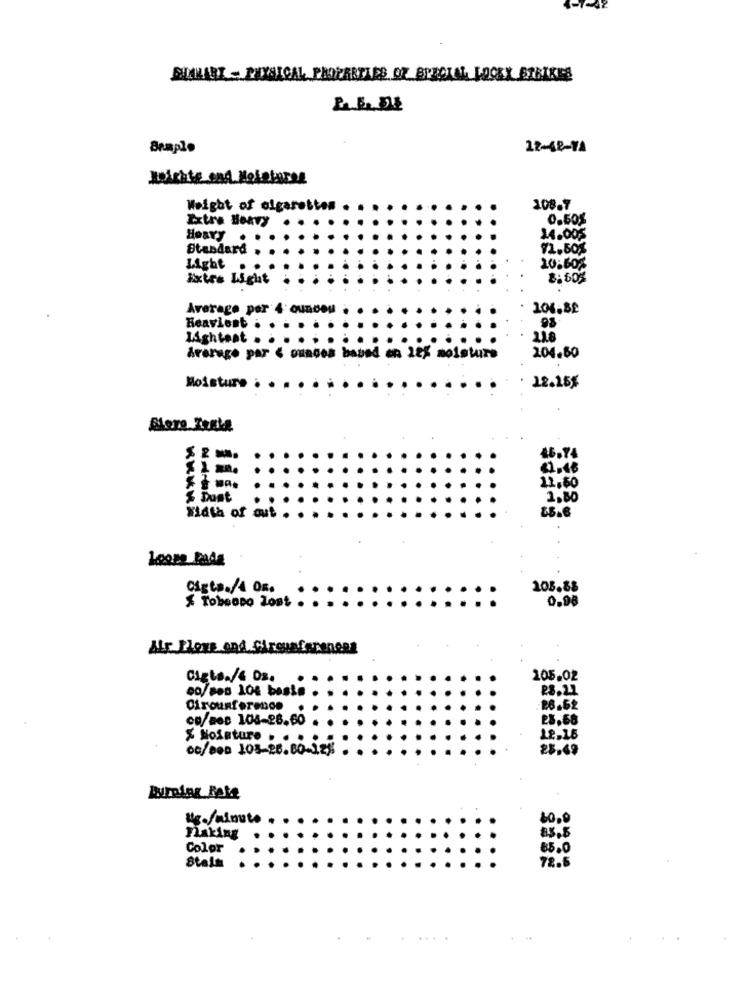
SIMKART - PHYSICAL PROPERTIES OF SPECIAL LOOKY STRIKES
Sample
12-48-74
Weight of olgarettes
108.7
Extra Heavy
0.50%
HOary
14.005
Standard
Light
20:60%
Extra Light
8: 60%
Average per 4 oundou
106.88
Heaviest
98
Lightsat
Average par < ounces based en 12% moisture
204.60
Moisture
12.15%
46.74
31 m.
22,60
2.80
Width of out
Loops Pada
Cigta./4 OR.
103.88
Tobsono lost
0.98
Air Plore and Circumferences
Cigts./& Os.
205,02
CO/Be8 106 basta
Cirounferenon
co/aes 106-28.60
28,68
X Moisture . . .
00/800 103-26.80-2.28
25.49
Burning Rate
Usa/minuto
60.0
83.5
making
Color
85.0
72.5
Stale